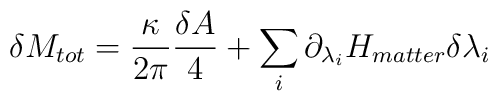
\delta M_{tot}={\kappa\over 2\pi}{\delta A\over 4} + \sum_i\partial_{\lambda_i}H_{matter}\delta\lambda_i